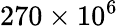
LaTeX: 270\times 10^{6}